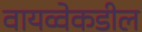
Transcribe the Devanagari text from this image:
वायव्वेकडील